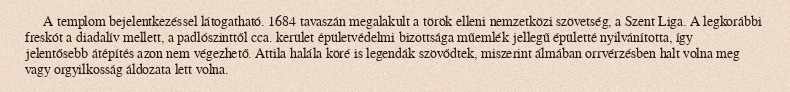
A templom bejelentkezéssel látogatható. 1684 tavaszán megalakult a török elleni nemzetközi szövetség, a Szent Liga. A legkorábbi freskót a diadalív mellett, a padlószinttől cca. kerület épületvédelmi bizottsága műemlék jellegű épületté nyilvánította, így jelentősebb átépítés azon nem végezhető. Attila halála köré is legendák szövődtek, miszerint álmában orrvérzésben halt volna meg vagy orgyilkosság áldozata lett volna.